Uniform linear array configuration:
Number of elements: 32
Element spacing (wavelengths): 0.25
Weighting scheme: binomial
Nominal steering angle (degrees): -15
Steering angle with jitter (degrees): -15.156
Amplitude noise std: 0.05
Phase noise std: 0.05

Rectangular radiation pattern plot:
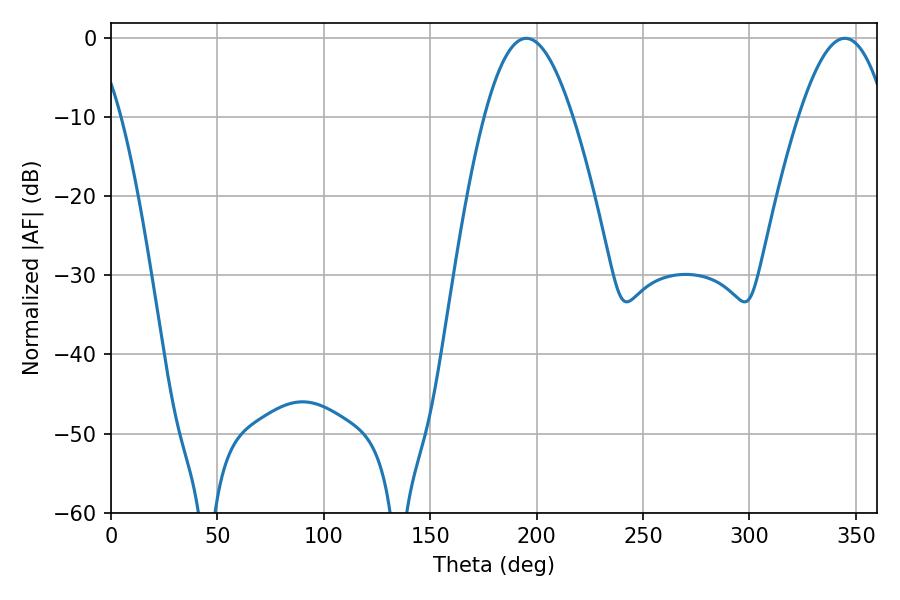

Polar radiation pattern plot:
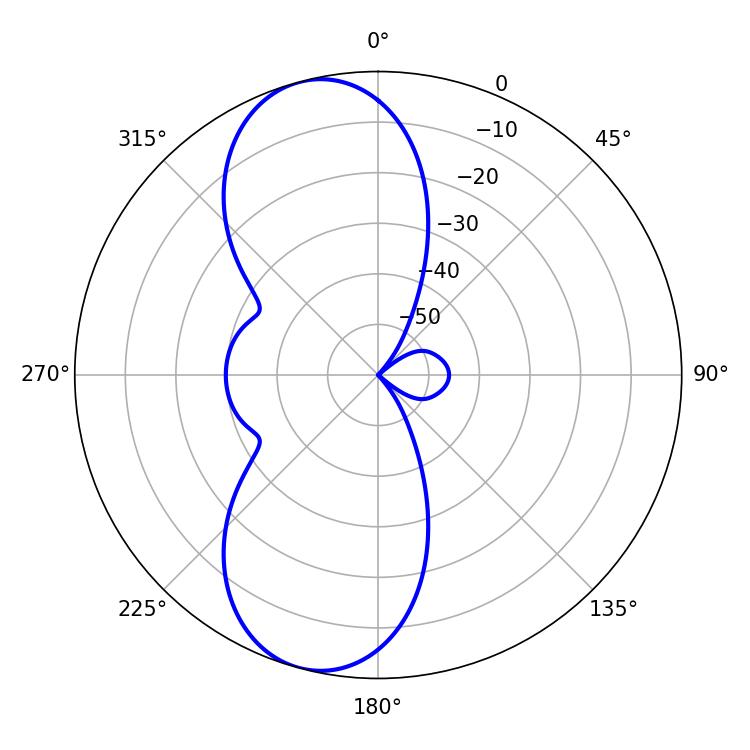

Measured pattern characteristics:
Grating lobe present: FALSE
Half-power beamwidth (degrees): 22.68
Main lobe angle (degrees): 195.12